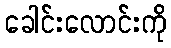
ခေါင်းလောင်းကို